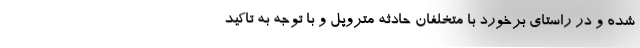
شده و در راستای برخورد با متخلفان حادثه متروپل و با توجه به تاکید